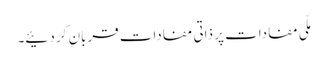
مِلّی مفادات پر ذاتی مفادات قربان کر دئیے۔